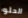
الحلو